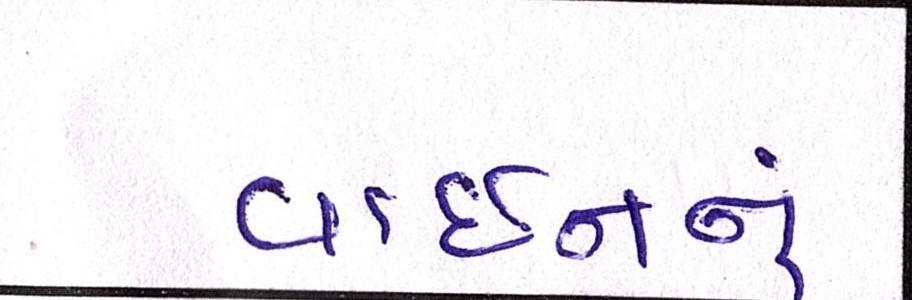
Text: વાઇનનું